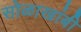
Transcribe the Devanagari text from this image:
सोळाखांबी